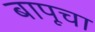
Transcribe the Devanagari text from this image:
बापूचा